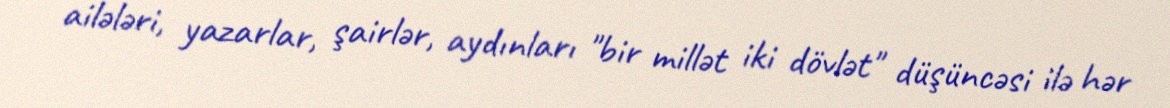
ailələri, yazarlar, şairlər, aydınları "bir millət iki dövlət" düşüncəsi ilə hər